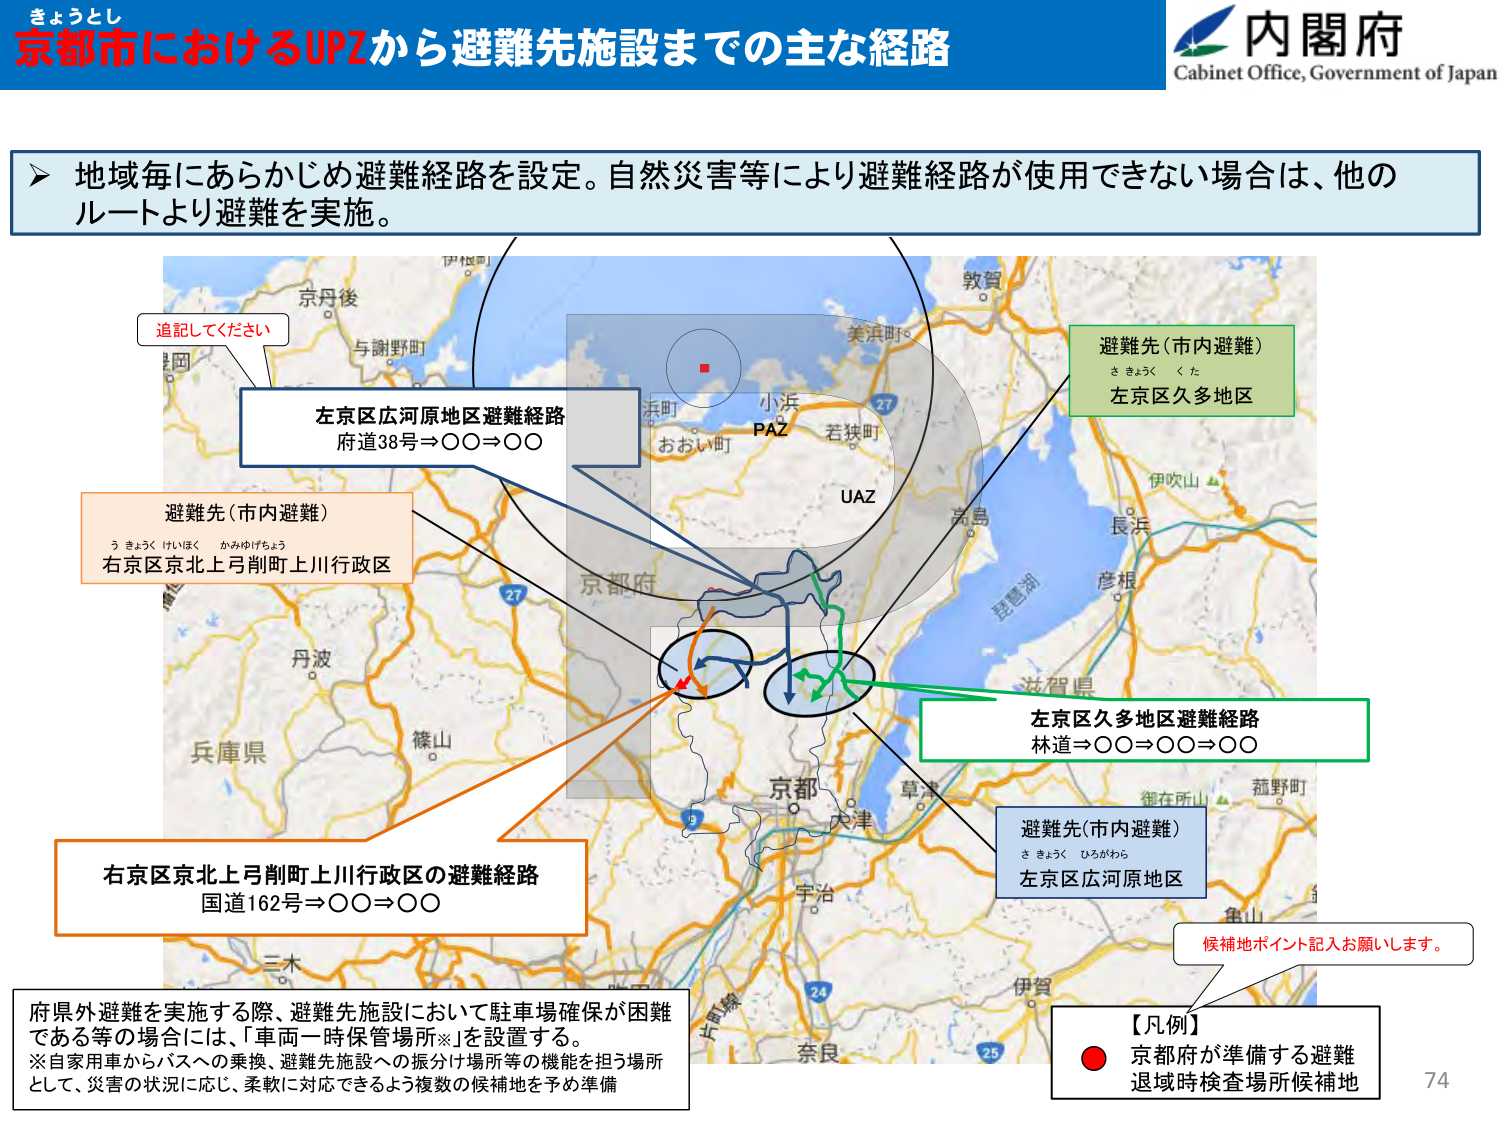
きょうとし
京都市におけるUPZから避難先施設までの主な経路
内閣府
Cabinet Office, Government of Japan

地域毎にあらかじめ避難経路を設定。自然災害等により避難経路が使用できない場合は、他のルートより避難を実施。

追記してください
左京区広河原地区避難経路
府道38号⇒○○⇒○○

避難先（市内避難）
うきょう けいほく かみゆげちょう
右京区京北上弓削町上川行政区

京丹後
与謝野町
伊根町
敦賀
美浜町
小浜
PAZ
おおい町
若狭町
UAZ
高島
琵琶湖
滋賀県
長浜
伊吹山
彦根
京都府
丹波
篠山
兵庫県
三木
京都
大津
宇治
草津
伊賀
奈良
27
24
25
現在所
菰野町
角山
左京区久多地区避難経路
林道⇒○○⇒○○⇒○○

避難先（市内避難）
さきょう くた
左京区久多地区

避難先（市内避難）
さきょう ひろがわら
左京区広河原地区

右京区京北上弓削町上川行政区の避難経路
国道162号⇒○○⇒○○

候補地ポイント記入お願いします。

府県外避難を実施する際、避難先施設において駐車場確保が困難である等の場合には、「車両一時保管場所※」を設置する。
※自家用車からバスへの乗換、避難先施設への振分け場所等の機能を担う場所として、災害の状況に応じ、柔軟に対応できるよう複数の候補地を予め準備

【凡例】
● 京都府が準備する避難退域時検査場所候補地

74